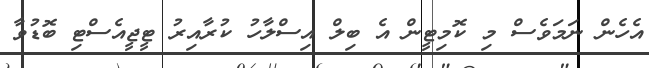
އެހެން ނަމަވެސް މި ކޮމިޓީން އެ ބިލް އިސްލާހު ކުރާއިރު ޓީޖީއެސްޓި ބޮޑުވާ